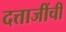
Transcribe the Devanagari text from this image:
दत्ताजींची